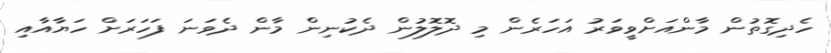
ހެދިގޮތުން މާންއަށްވީވަރު އަހަރެން މި ދޮލޮލުން ދެކުނިން މާން ދެވަނަ ފަހަރަށް ހަޔާއާއި